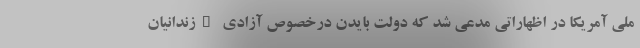
ملی آمریکا در اظهاراتی مدعی شد که دولت بایدن درخصوص آزادی "زندانیان